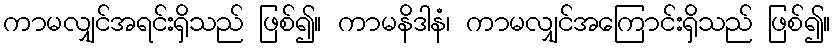
ကာမလျှင်အရင်းရှိသည် ဖြစ်၍။ ကာမနိဒါနံ၊ ကာမလျှင်အကြောင်းရှိသည် ဖြစ်၍။